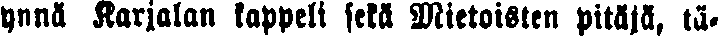
ynnä Karjalan kappeli sekä Mietoisten pitäjä, tä-